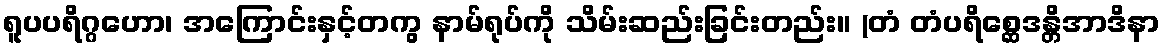
ရူပပရိဂ္ဂဟော၊ အကြောင်းနှင့်တကွ နာမ်ရုပ်ကို သိမ်းဆည်းခြင်းတည်း။ (တံ တံပရိစ္ဆေဒန္တိအာဒိနာ